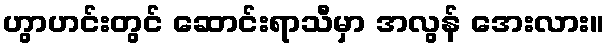
ဟွာဟင်းတွင် ဆောင်းရာသီမှာ အလွန် အေးလား။